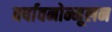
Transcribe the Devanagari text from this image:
वर्षावनोन्मूलन